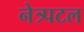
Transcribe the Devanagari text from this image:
नेत्र्पटल